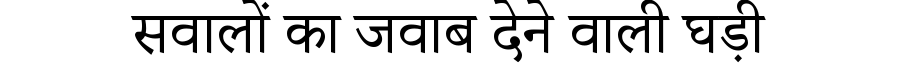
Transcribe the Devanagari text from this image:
सवालों का जवाब देने वाली घड़ी